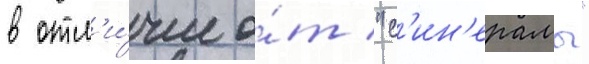
в отл'и́чие о́т "с'ин'ерамы"